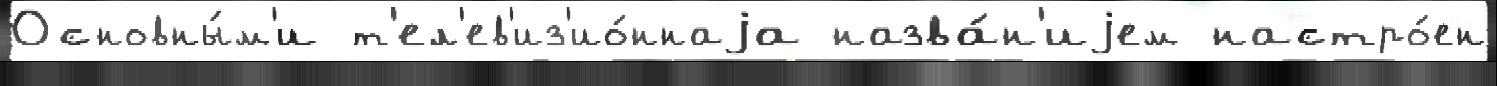
Основны́м'и т'ел'ев'из'ио́ннаjа назва́н'иjем настро́ен